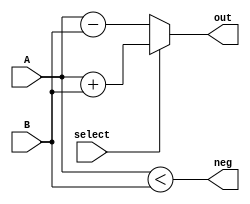
module add_sub (A,B,select,out, neg);
    
    parameter N = 8;
    input  [N-1:0]A;
    input  [N-1:0]B;
    input  select;
    output [N-1:0]out;
    output neg;
    
    assign out = (select == 1) ? (A+B) : (A-B);
    assign neg = (A < B);
endmodule

module multiplier (a,b,out);
    
    parameter N = 8;
    input  [N-1:0]a;
    input  [N-1:0]b;
    output [N-1:0]out;
    
    assign out = a * b; 

endmodule

module register (clk,pin,ld,rst,pout);
    
    parameter N = 8;
    input clk;
    input ld;
    input rst;
    input [N-1:0]pin;
    output reg [N-1:0]pout;

    always @(posedge clk) begin
        if(rst) pout <= 0;
        else pout <= pin;
    end

endmodule

module shift_register (clk,pin,select,cin,ld,rst,en,pout);
    
    parameter N = 8;
    input clk;
    input ld;
    input en;
    input select;
    input cin;
    input rst;
    input [N-1:0]pin;
    output reg [N-1:0]pout;

    always @(posedge clk) begin
        if(rst) pout <= 0;
        else if(ld) pout <= pin;
        else begin
            if(en)begin
                if(select == 1) pout <= {pout[N-2:0],cin};
                if(select == 0) pout <= {cin,pout[N-1:1]};
            end
        end
    end

endmodule

module comparator (a,b,lt,gt,eq);
    
    parameter N = 8;
    input [N-1:0]a;
    input [N-1:0]b;

    output lt;
    output gt;
    output eq;

    assign lt = (a < b)  ? 1'b1 : 1'b0;
    assign gt = (a > b)  ? 1'b1 : 1'b0;
    assign eq = (a == b) ? 1'b1 : 1'b0;

endmodule

module mux2to1 (a,b,s,w);

    parameter N = 8;
    input [N-1:0]a;
    input [N-1:0]b;
    input s;
    output [N-1:0]w;

    assign w = (s==1'b0) ? a : b; 
    
endmodule

module mux4to1 (a,b,c,d,s,w);

    parameter N = 8;
    input [N-1:0]a;
    input [N-1:0]b;
    input [N-1:0]c;
    input [N-1:0]d;
    input [1:0]s;
    output reg [N-1:0]w;

    always @(*) begin
        case (s)
            0 : w = a; 
            1 : w = b; 
            2 : w = c; 
            3 : w = d; 
        endcase
    end
    
endmodule

module mode_switcher (in,out);
    
    parameter N = 8;

    input  [N-1:0]in;
    output [N-1:0]out;

    assign out[1] = 0;
    assign out[0] = ~in[0];
    assign out[N - 1 : 2] = in[N - 1 : 2];
endmodule

module stack (clk,push,pop,tos,rst,d_in,empty,d_out);

    parameter N = 8;
    input [N-1:0]d_in;
    input clk,push,pop,tos,rst;
    output empty;
    output reg [N-1:0]d_out;

    reg [6:0]top;
    reg [N-1:0]data[127:0];

    integer i;

    always @(posedge clk) begin
        if (rst) begin
            top <= 7'b0;
            for (i = 0 ; i < 128 ; i = i + 1) begin
                data[i] <= 0;
            end
        end else begin
            if (tos) d_out <= data[top-1];
            if (push) begin data[top] <= d_in; top <= top + 1; end
            if (pop & (top > 0))  begin  d_out <= data[top - 1]; top <= top - 1; end
        end
    end

    assign empty = (top == 7'b0000000) ? 1'b1 : 1'b0;

    initial begin
        top = 7'b0;
        for (i = 0 ; i < 128 ; i = i + 1) begin
            data[i] <= 0;
        end
    end
    
endmodule